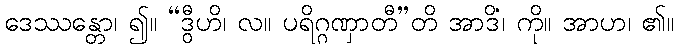
ဒေဿန္တော၊ ၍။ “ဒွီဟိ၊ လ။ ပရိဂ္ဂဏှာတီ”တိ အာဒိံ၊ ကို။ အာဟ၊ ၏။